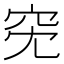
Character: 𥤷